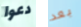
دعوا بعد